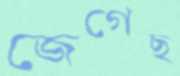
জেগেছ